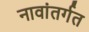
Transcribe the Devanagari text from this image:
नावांतर्गत